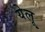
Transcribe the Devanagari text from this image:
येलू